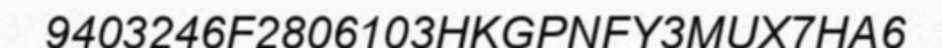
9403246F2806103HKGPNFY3MUX7HA6